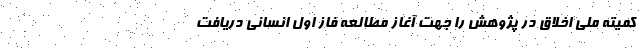
کمیته ملی اخلاق در پژوهش را جهت آغاز مطالعه فاز اول انسانی دریافت